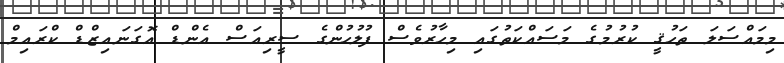
މިމައްސަލަ ތަހުޤީ ކުރުމުގެ މަސައްކަތުގައި މިހާރުވެސް ފުލުހުންގެ ސީރިއަސް އެންޑް އޮގަނައިޒްޑް ކްރައިމް